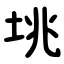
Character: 垗